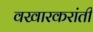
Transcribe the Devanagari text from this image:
वखारकरांती